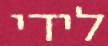
לידי